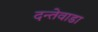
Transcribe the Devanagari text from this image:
दन्तेवाडा